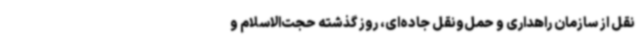
نقل از سازمان راهداری و حمل‌ونقل جاده‌ای، روز گذشته حجت‌الاسلام و